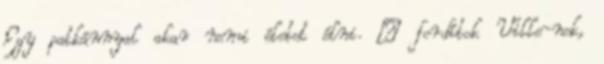
Egy patkánnyal akar nemi életet élni. – fordítok Ville-nek,